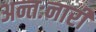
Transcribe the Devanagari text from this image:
अन्तःनारी